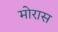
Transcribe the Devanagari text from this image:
मोरास